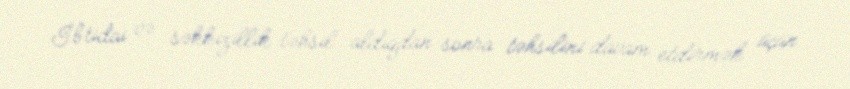
İbtidai və səkkizillik təhsil aldıqdan sonra təhsilini davam etdirmək üçün